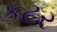
કટર